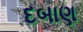
દબાણ